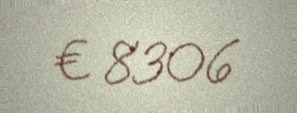
€ 8306